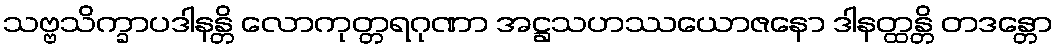
သဗ္ဗသိက္ခာပဒါနန္တိ လောကုတ္တရဂုဏာ အဋ္ဌသဟဿယောဇနော ဒါနတ္ထန္တိ တဒန္တော